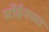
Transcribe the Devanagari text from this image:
मॉईनच्या